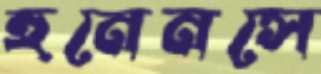
হুনেনসে